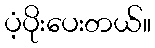
ပံ့ပိုးပေးတယ်။